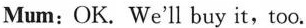
Mum:OK. We'll buy it,too.